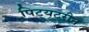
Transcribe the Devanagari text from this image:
पिट्यूटरीन